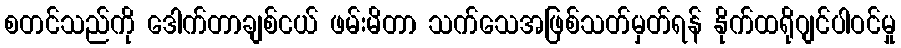
စတင်သည်ကို ဒေါက်တာချစ်ငယ် ဖမ်းမိတာ သက်သေအဖြစ်သတ်မှတ်ရန် နိုက်ထရိုဂျင်ပါဝင်မှု